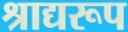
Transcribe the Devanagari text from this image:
श्राद्यरूप